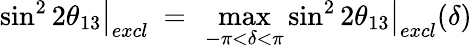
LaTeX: \left.\sin^{2}2\theta_{13}\right|_{excl}\ =\ \operatorname*{max}_{-\pi<\delta<\pi}\left.\sin^{2}2\theta_{13}\right|_{excl}(\delta)